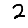
Digit: 2